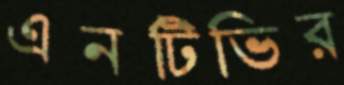
এনটিভির